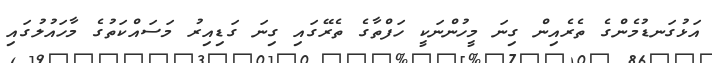
އަޅުގަނޑުމެންގެ ތެރެއިން ގިނަ މީހުންނަކީ ހަފްތާގެ ތެރޭގައި ގިނަ ގަޑިއިރު މަސައްކަތުގެ މާހައުލުގައި